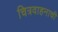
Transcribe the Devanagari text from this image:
चित्रवाहनाची